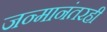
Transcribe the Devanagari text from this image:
जन्मानंतरही